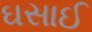
ઘસાઈ